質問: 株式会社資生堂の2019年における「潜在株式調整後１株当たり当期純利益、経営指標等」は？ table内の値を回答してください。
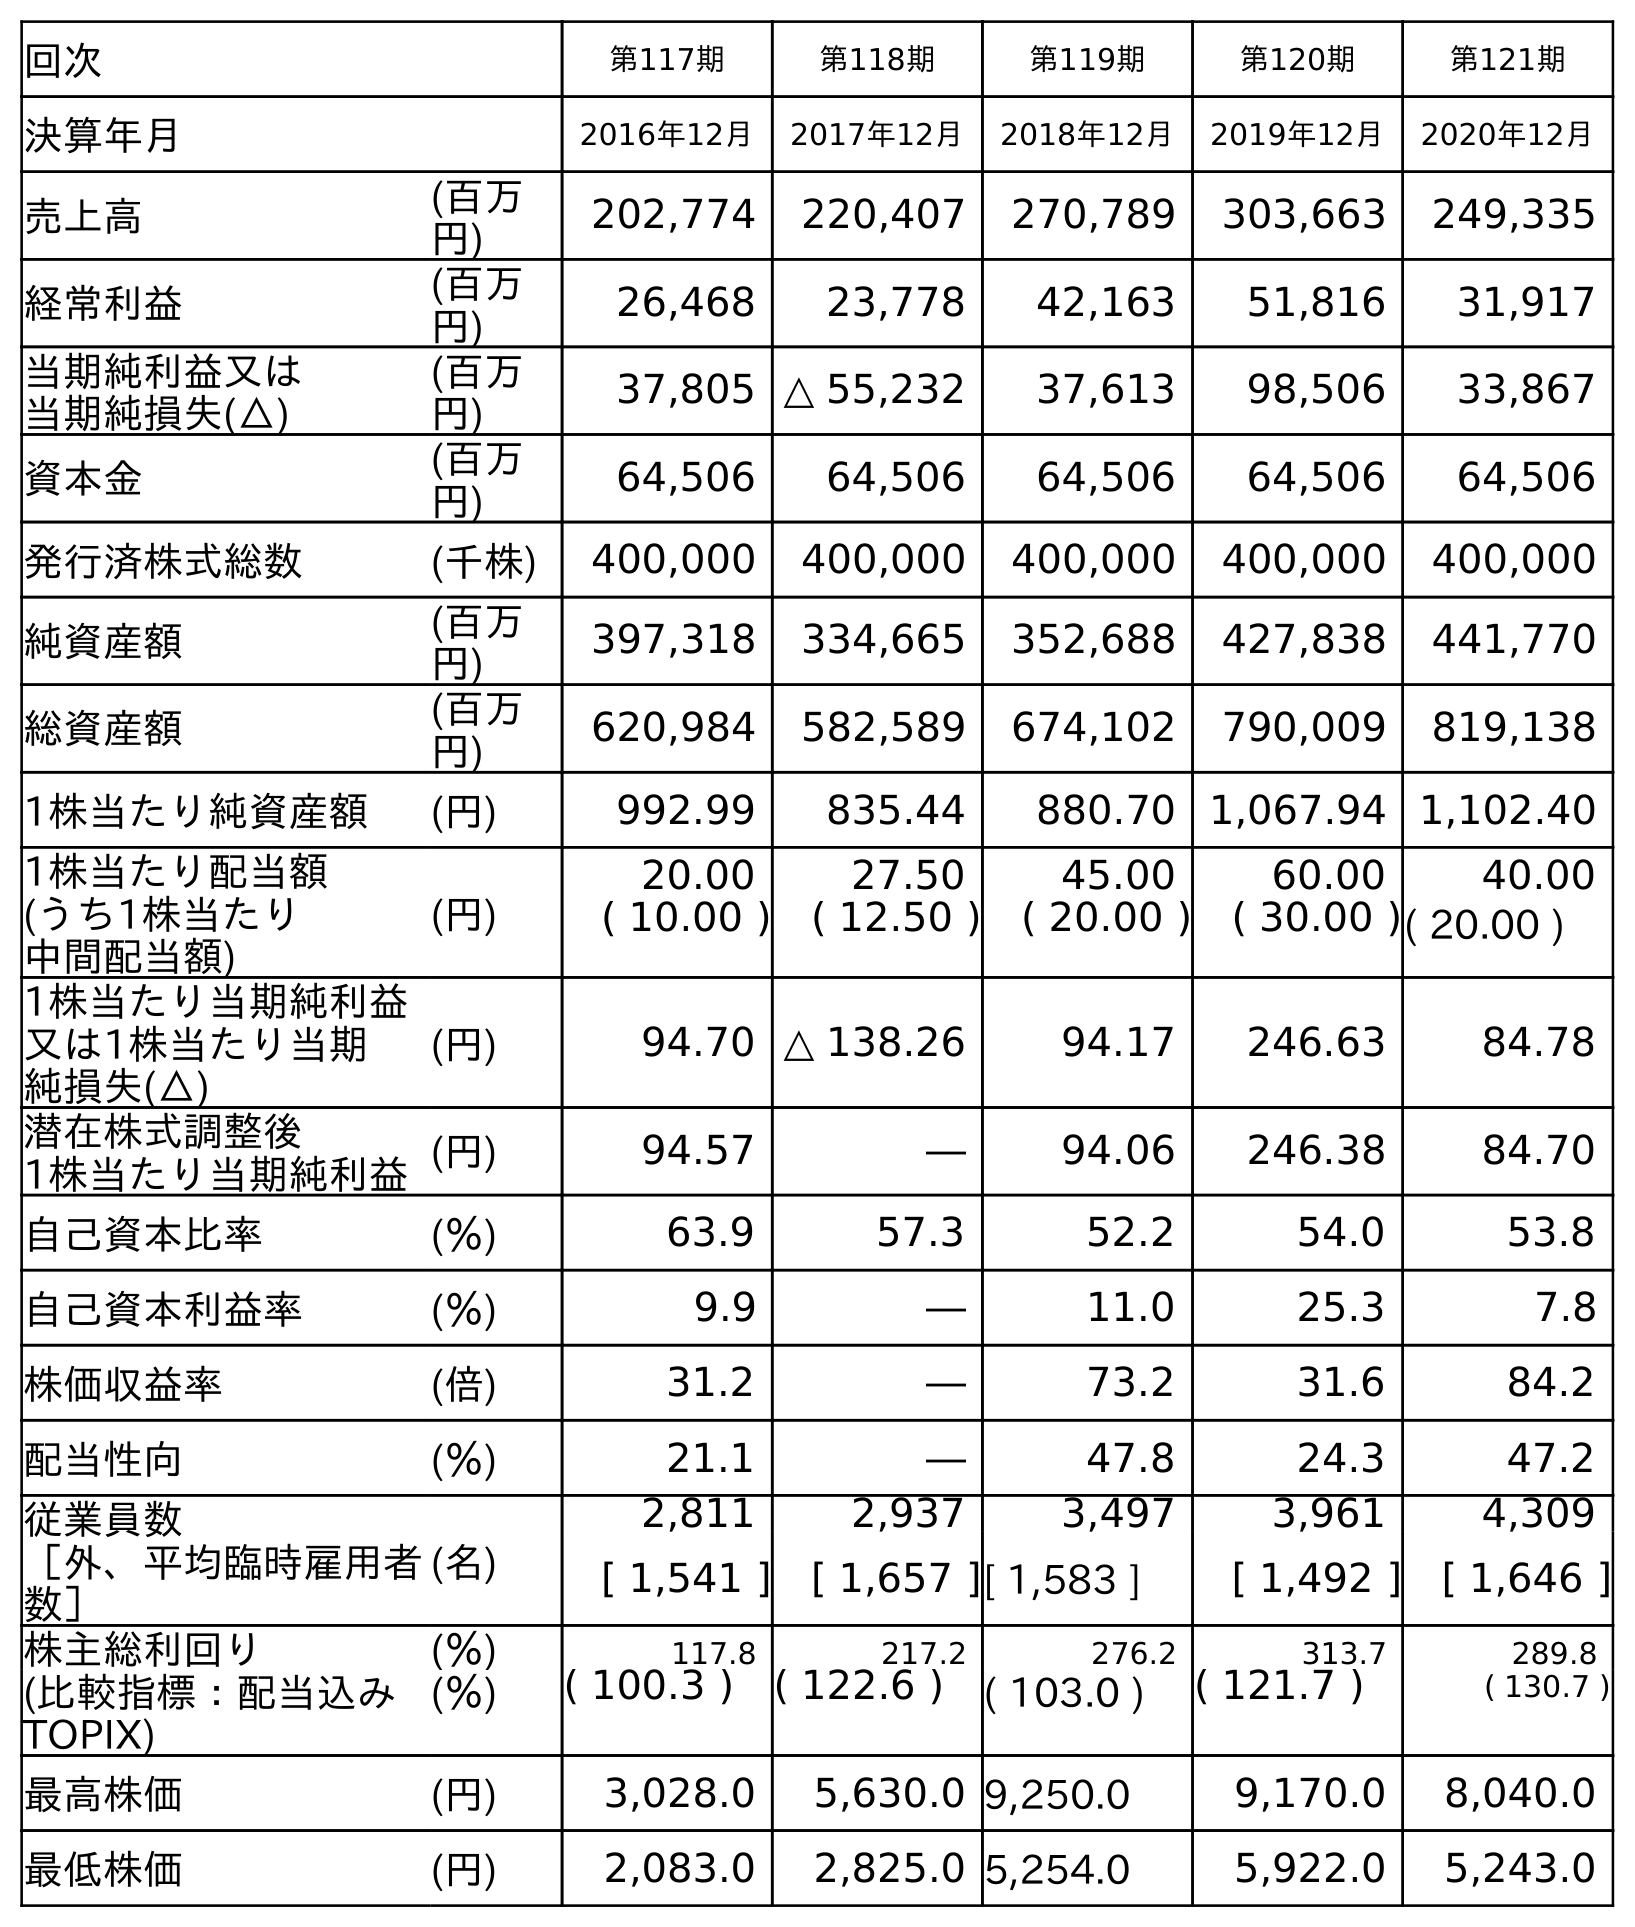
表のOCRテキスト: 回次 第117期 第118期 第119期 第120期 第121期 決算年月 2016年12月 2017年12月 2018年12月 2019年12月 2020年12月 売上高 (百万 円) 202,774 220,407 270,789 303,663 249,335 経常利益 (百万 円) 26,468 23,778 42,163 51,816 31,917 当期純利益又は 当期純損失(△) (百万 円) 37,805 △ 55,232 37,613 98,506 33,867 資本金 (百万 円) 64,506 64,506 64,506 64,506 64,506 発行済株式総数 (千株) 400,000 400,000 400,000 400,000 400,000 純資産額 (百万 円) 397,318 334,665 352,688 427,838 441,770 総資産額 (百万 円) 620,984 582,589 674,102 790,009 819,138 1株当たり純資産額 (円) 992.99 835.44 880.70 1,067.94 1,102.40 1株当たり配当額 (うち1株当たり 中間配当額) (円) 20.00 27.50 45.00 60.00 40.00 ( 10.00 ) ( 12.50 ) ( 20.00 ) ( 30.00 )( 20.00 ) 1株当たり当期純利益 又は1株当たり当期 純損失(△) (円) 94.70 △ 138.26 94.17 246.63 84.78 潜在株式調整後 1株当たり当期純利益(円) 94.57 ― 94.06 246.38 84.70 自己資本比率 (％) 63.9 57.3 52.2 54.0 53.8 自己資本利益率 (％) 9.9 ― 11.0 25.3 7.8 株価収益率 (倍) 31.2 ― 73.2 31.6 84.2 配当性向 (％) 21.1 ― 47.8 24.3 47.2 従業員数 ［外、平均臨時雇用者 数］ (名) 2,811 2,937 3,497 3,961 4,309 [ 1,541 ] [ 1,657 ][ 1,583 ] [ 1,492 ] [ 1,646 ] 株主総利回り (％) 117.8 217.2 276.2 313.7 289.8 (比較指標：配当込み TOPIX) (％) ( 100.3 ) ( 122.6 ) ( 103.0 ) ( 121.7 ) ( 130.7 ) 最高株価 (円) 3,028.0 5,630.0 9,250.0 9,170.0 8,040.0 最低株価 (円) 2,083.0 2,825.0 5,254.0 5,922.0 5,243.0
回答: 246.38